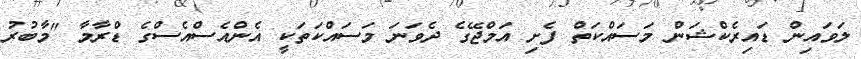
ލަވައިން ޑައިރެކްޝަން މަސައްކަތް ފެށި އަމްޖޭގެ ދެވަނަ މަސައްކަތަކީ އެންއެސްއެސްގެ ޑްރާމާ "މާބުރު